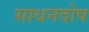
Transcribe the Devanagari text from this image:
साधनदोष